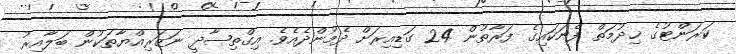
ކަރަންޓުގެ ޚިދުމަތް ފެނަކައިގެ ފަރާތުން 24 ގަޑިއިރަށް ދެމުންދެއެވެ. އިގްތިޞާދީ ނަޒަރިއްޔާތަކުން ބަލާއިރު